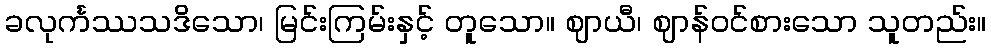
ခလုင်္ကဿသဒိသော၊ မြင်းကြမ်းနှင့် တူသော။ ဈာယီ၊ ဈာန်ဝင်စားသော သူတည်း။